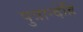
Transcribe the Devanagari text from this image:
पुत्रान्देहि